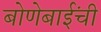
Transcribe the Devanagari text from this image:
बोणेबाईंची